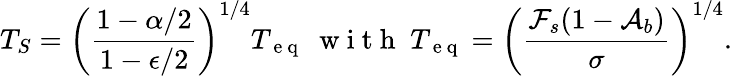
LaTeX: T_{S}=\left(\frac{1-\alpha/2}{1-\epsilon/2}\right)^{1/4}T_{\mathrm{~e~q~}}\; \mathrm{~w~i~t~h~}\; T_{\mathrm{~e~q~}}=\left(\frac{\mathcal{F}_{s}(1-\mathcal{A}_{b})}{\sigma}\right)^{1/4}.